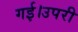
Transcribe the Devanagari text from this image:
गई।उपरी